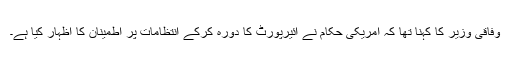
وفاقی وزیر کا کہنا تھا کہ امریکی حکام نے ائیرپورٹ کا دورہ کرکے انتظامات پر اطمینان کا اظہار کیا ہے۔